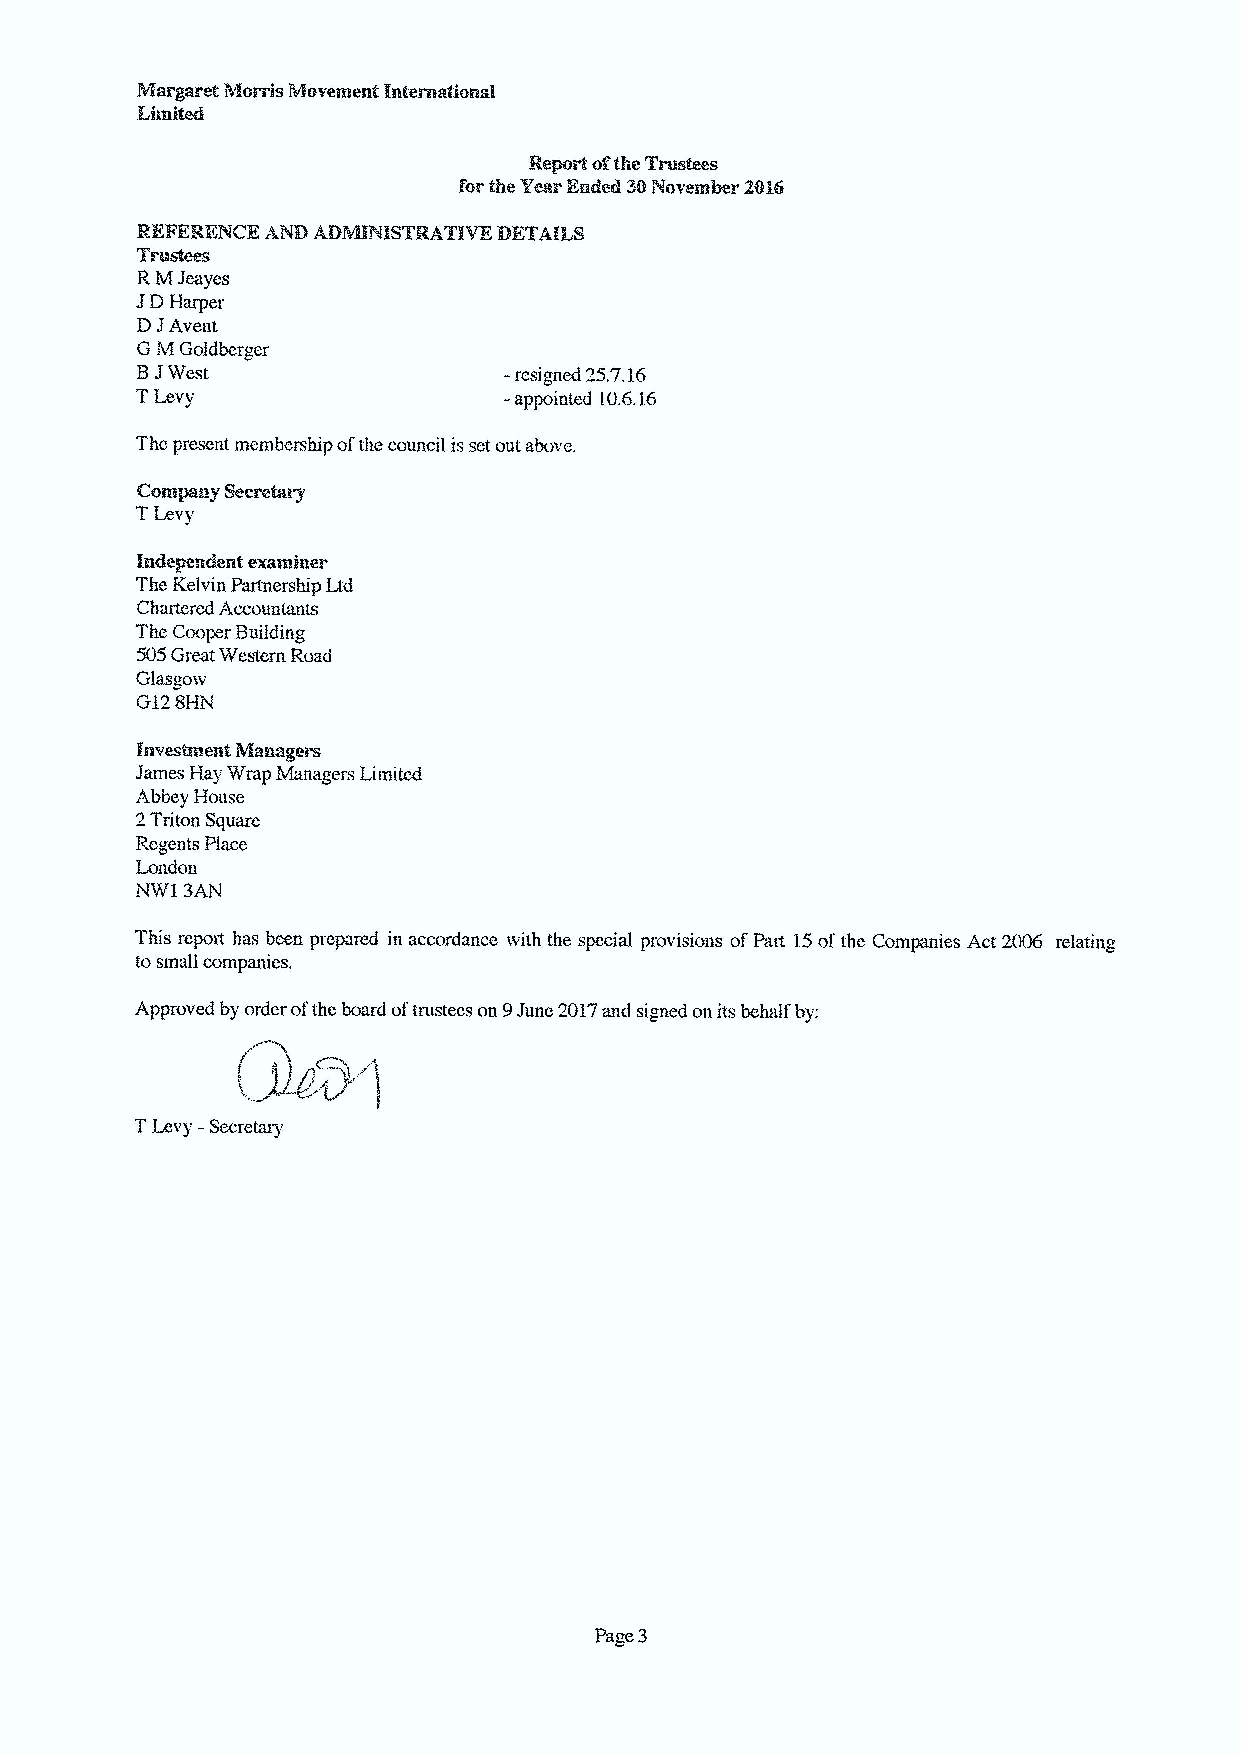
REFERENCE ANB ~~IS~AT1VK BETAB8
 TE'Bstees
 RMJeayes
 JDHarper
 DJAvent
 GM Goldberger
 8JWest                  - resigned 25.7.16
 TLevy                   - appointed 10.6.16
 The present membership ofthe council isset out, above.
 Irtde~ndent examiiner
 The Kelvin Partnership Ltd
 Chartered Accountants
 The Cooper Building
 505Great Western Road
 Glasgow
 G128HN
 1'nve~ent Manners
 James Hay Wrap Managers Limited
 Abbey House
 2Triton Square
 Regents Place
 London
 NW1 3AN
 This report has been prepared in accordance with the special provisions ofPart 15ofthe Companies Act 2006 relating
 tosmall companies.
 Approved by order ofthe board oftrustees on 9June 2017and signed on its behalf by: